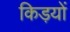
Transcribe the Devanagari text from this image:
किड़यों